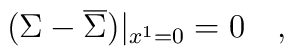
(\Sigma - \overline{\Sigma})|_{x^1=0} =0\quad,